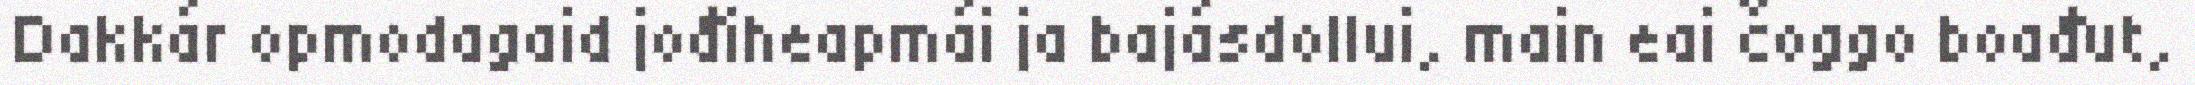
Dakkár opmodagaid jođiheapmái ja bajásdollui, main eai čoggo boađut,